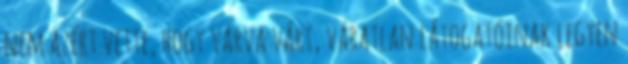
nem azért vette, hogy várva várt, váratlan látogatóinak legyen